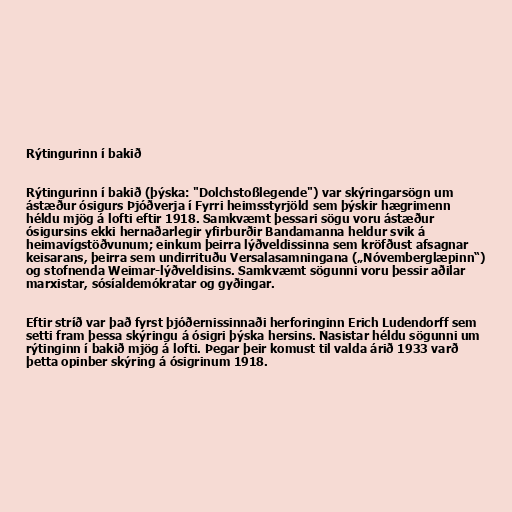
Rýtingurinn í bakið

Rýtingurinn í bakið (þýska: "Dolchstoßlegende") var skýringarsögn um
ástæður ósigurs Þjóðverja í Fyrri heimsstyrjöld sem þýskir hægrimenn
héldu mjög á lofti eftir 1918. Samkvæmt þessari sögu voru ástæður
ósigursins ekki hernaðarlegir yfirburðir Bandamanna heldur svik á
heimavígstöðvunum; einkum þeirra lýðveldissinna sem kröfðust afsagnar
keisarans, þeirra sem undirrituðu Versalasamningana („Nóvemberglæpinn“)
og stofnenda Weimar-lýðveldisins. Samkvæmt sögunni voru þessir aðilar
marxistar, sósíaldemókratar og gyðingar.

Eftir stríð var það fyrst þjóðernissinnaði herforinginn Erich Ludendorff sem
setti fram þessa skýringu á ósigri þýska hersins. Nasistar héldu sögunni um
rýtinginn í bakið mjög á lofti. Þegar þeir komust til valda árið 1933 varð
þetta opinber skýring á ósigrinum 1918.